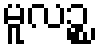
မူလဉ္စ